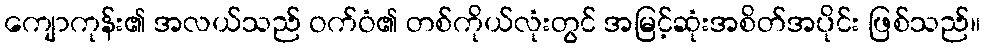
ကျောကုန်း၏ အလယ်သည် ဝက်ဝံ၏ တစ်ကိုယ်လုံးတွင် အမြင့်ဆုံးအစိတ်အပိုင်း ဖြစ်သည်။